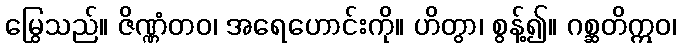
မြွေသည်။ ဇိဏ္ဏံတဝ၊ အရေဟောင်းကို။ ဟိတွာ၊ စွန့်၍။ ဂစ္ဆတိဣဝ၊